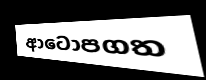
ආටෝපගත